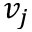
v _ { j }